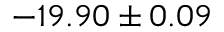
- 1 9 . 9 0 \pm 0 . 0 9